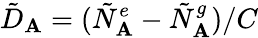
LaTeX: \tilde{D}_{\mathbf{A}}=(\tilde{N}_{\mathbf{A}}^{e}-\tilde{N}_{\mathbf{A}}^{g})/C